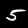
Digit: 5